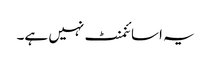
یہ اسائنمنٹ نہیں ہے۔